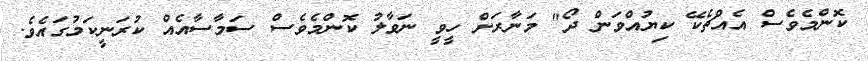
ކޮންމެވެސް އެއްޗެކޭ ކިޔުއްވަން ދޯ" މަނާރަށް ހީވީ ނަވާލު ކޮންމެވެސް ސަމާސާއެއް ކުރަނީކަމުގައެވެ.